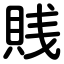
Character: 賎